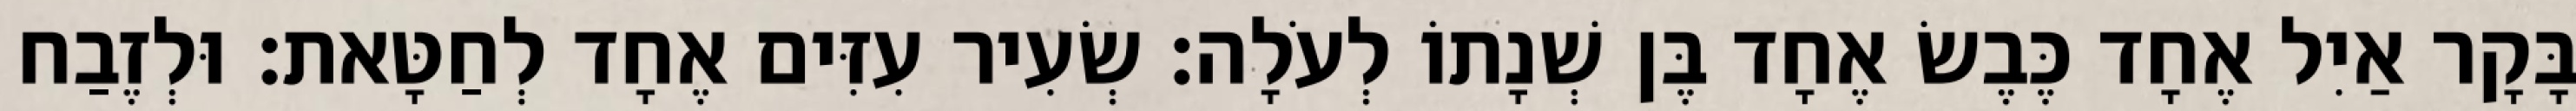
בָּקָר אַיִל אֶחָד כֶּבֶשׂ אֶחָד בֶּן שְׁנָתוֹ לְעֹלָה׃ שְׂעִיר עִזִּים אֶחָד לְחַטָּאת׃ וּלְזֶבַח